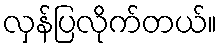
လှန်ပြလိုက်တယ်။